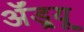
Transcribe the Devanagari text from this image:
ॲंड्र्यू